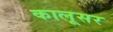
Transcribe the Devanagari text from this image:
कालूसर